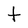
Character: t